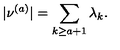
| \nu ^ { ( a ) } | = \sum _ { k \geq a + 1 } \lambda _ { k } .